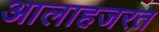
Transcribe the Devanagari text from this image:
आलाहजरत